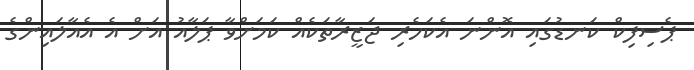
ޕެސިފިކް ކަނޑުގައި އޮންނަ އެކަހެރި ޖަޒީރާތަކެއް ކަމަށްވާ ޕަލާއު އަށް އެ އެއާލައިންގެ